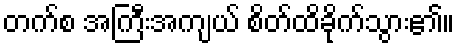
တက်စ အကြီးအကျယ် စိတ်ထိခိုက်သွား၏။